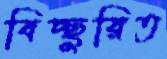
বিচ্ছুরিত